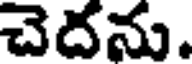
చెదను.